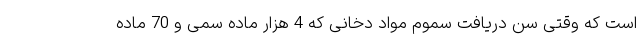
است که وقتی سن دریافت سموم مواد دخانی که 4 هزار ماده سمی و 70 ماده